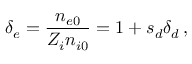
\delta _ { e } = \frac { n _ { e 0 } } { Z _ { i } n _ { i 0 } } = 1 + s _ { d } \delta _ { d } \, ,